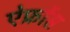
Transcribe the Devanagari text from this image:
ऐफ्रोंस